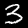
Label: 3